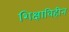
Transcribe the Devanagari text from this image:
शिक्षाविहीन